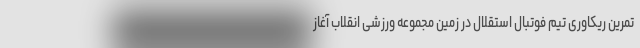
تمرین ریکاوری تیم فوتبال استقلال در زمین مجموعه ورزشی انقلاب آغاز